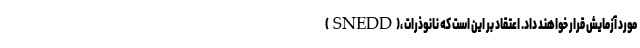
(SNEDD)، مورد آزمایش قرار خواهند داد. اعتقاد بر این است که نانوذرات